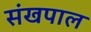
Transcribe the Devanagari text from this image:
संखपाल